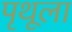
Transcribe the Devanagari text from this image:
पृथूला